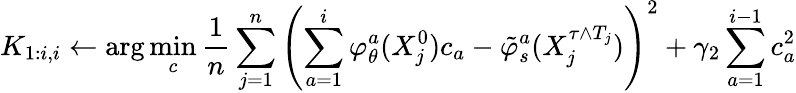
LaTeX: K_{1:i,i}\gets\arg\operatorname*{min}_{c}\frac{1}{n}\sum_{j=1}^{n}\left(\sum_{a=1}^{i}\varphi_{\theta}^{a}(X_{j}^{0})c_{a}-\tilde{\varphi}_{s}^{a}(X_{j}^{\tau\wedge T_{j}})\right)^{2}+\gamma_{2}\sum_{a=1}^{i-1}c_{a}^{2}